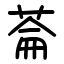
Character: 菕